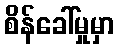
စိန်ခေါ်မှုမှာ